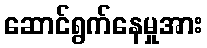
ဆောင်ရွက်နေမှုအား